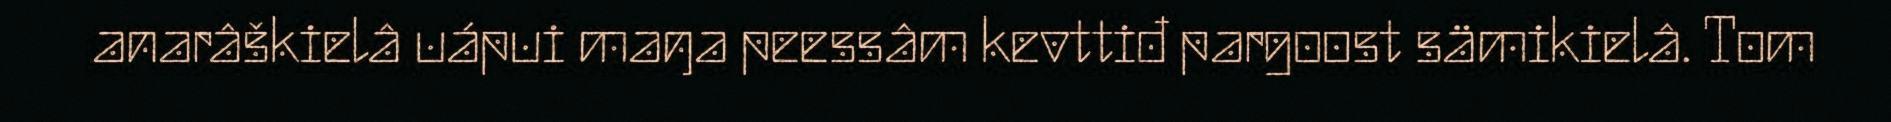
anarâškielâ uápui maŋa peessâm kevttiđ pargoost sämikielâ. Tom